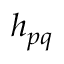
h _ { p q }